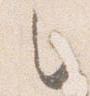
之